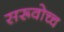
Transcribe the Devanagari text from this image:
सरूवोच्च